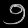
Digit: ၅